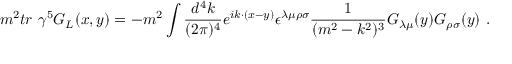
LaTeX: m ^ { 2 } t r \ \gamma ^ { 5 } G _ { L } ( x , y ) = - m ^ { 2 } \int \frac { d ^ { 4 } k } { ( 2 \pi ) ^ { 4 } } e ^ { i k \cdot ( x - y ) } \epsilon ^ { \lambda \mu \rho \sigma } \frac { 1 } { ( m ^ { 2 } - k ^ { 2 } ) ^ { 3 } } G _ { \lambda \mu } ( y ) G _ { \rho \sigma } ( y ) \ .